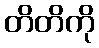
တိတိကို